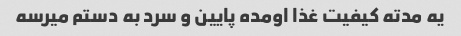
یه مدته کیفیت غذا اومده پایین و سرد به دستم میرسه